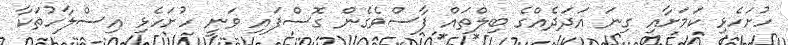
ހުށަހެޅި ކަމަށާއި ގިނަ އަދަދެއްގެ ބިލްތައް ފާސްވެގެން ގޮސްފައި ވަނީ ހުށަހެޅި އިސްލާހުތަކާ